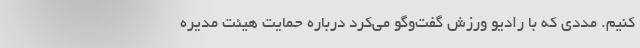
کنیم. مددی که با رادیو ورزش گفت‌و‌گو می‌کرد درباره حمایت هیئت مدیره